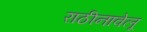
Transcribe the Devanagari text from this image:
राठीनावेलू